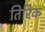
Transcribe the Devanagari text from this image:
तिरिक